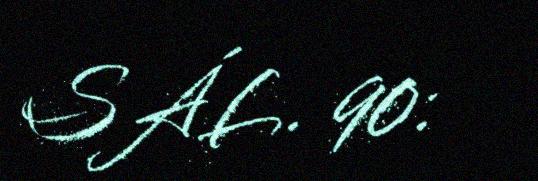
SÁL. 90: